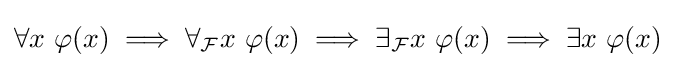
\forall x\ \varphi (x)\implies \forall _{\mathcal {F}}x\ \varphi (x)\implies \exists _{\mathcal {F}}x\ \varphi (x)\implies \exists x\ \varphi (x)